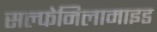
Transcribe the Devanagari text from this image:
सल्फेनिलामाइड